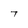
Character: T